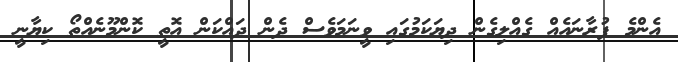
އެންމެ ފުރާނައެއް ގެއްލިގެން ދިޔަކަމުގައި ވީނަމަވެސް ދެން ދައްކަން އޮތީ ކޮންމޫނެއްތޯ ކިޔާނީ